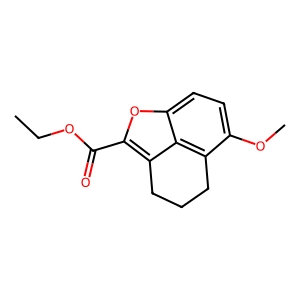
SMILES: CCOC(=O)c1oc2ccc(OC)c3c2c1CCC3
Inhibits HIV replication: No